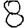
Digit: 8